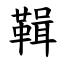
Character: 䩰